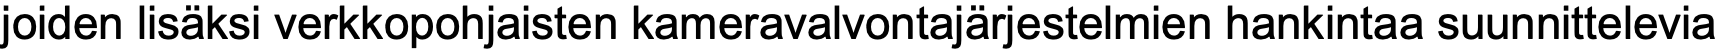
joiden lisäksi verkkopohjaisten kameravalvontajärjestelmien hankintaa suunnittelevia